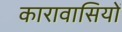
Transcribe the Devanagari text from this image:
कारावासियों